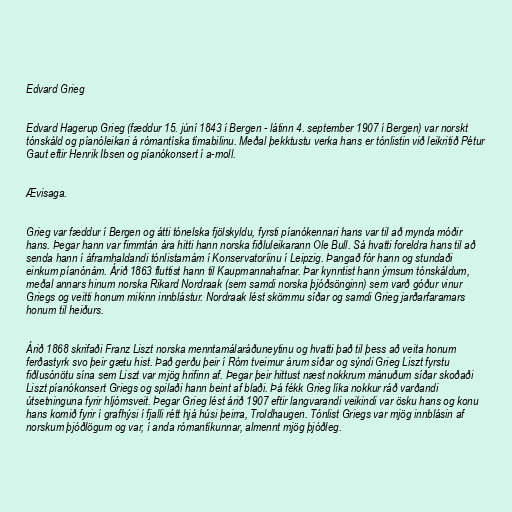
Edvard Grieg

Edvard Hagerup Grieg (fæddur 15. júní 1843 í Bergen - látinn 4. september 1907 í Bergen) var norskt
tónskáld og píanóleikari á rómantíska tímabilinu. Meðal þekktustu verka hans er tónlistin við leikritið Pétur
Gaut eftir Henrik Ibsen og píanókonsert í a-moll.

Ævisaga.

Grieg var fæddur í Bergen og átti tónelska fjölskyldu, fyrsti píanókennari hans var til að mynda móðir
hans. Þegar hann var fimmtán ára hitti hann norska fiðluleikarann Ole Bull. Sá hvatti foreldra hans til að
senda hann í áframhaldandi tónlistarnám í Konservatoríinu í Leipzig. Þangað fór hann og stundaði
einkum píanónám. Árið 1863 fluttist hann til Kaupmannahafnar. Þar kynntist hann ýmsum tónskáldum,
meðal annars hinum norska Rikard Nordraak (sem samdi norska þjóðsönginn) sem varð góður vinur
Griegs og veitti honum mikinn innblástur. Nordraak lést skömmu síðar og samdi Grieg jarðarfaramars
honum til heiðurs.

Árið 1868 skrifaði Franz Liszt norska menntamálaráðuneytinu og hvatti það til þess að veita honum
ferðastyrk svo þeir gætu hist. Það gerðu þeir í Róm tveimur árum síðar og sýndi Grieg Liszt fyrstu
fiðlusónötu sína sem Liszt var mjög hrifinn af. Þegar þeir hittust næst nokkrum mánuðum síðar skoðaði
Liszt píanókonsert Griegs og spilaði hann beint af blaði. Þá fékk Grieg líka nokkur ráð varðandi
útsetninguna fyrir hljómsveit. Þegar Grieg lést árið 1907 eftir langvarandi veikindi var ösku hans og konu
hans komið fyrir í grafhýsi í fjalli rétt hjá húsi þeirra, Troldhaugen. Tónlist Griegs var mjög innblásin af
norskum þjóðlögum og var, í anda rómantíkunnar, almennt mjög þjóðleg.